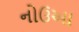
નોઉઆ